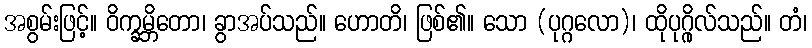
အစွမ်းဖြင့်။ ဝိက္ခမ္ဘိတော၊ ခွာအပ်သည်။ ဟောတိ၊ ဖြစ်၏။ သော (ပုဂ္ဂလော)၊ ထိုပုဂ္ဂိုလ်သည်။ တံ၊